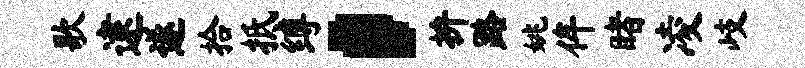
歌逮遂拾抵缚，拚路姚侔睹凌岐